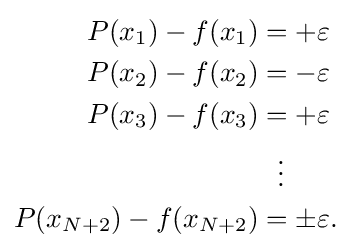
{\begin{aligned}P(x_{1})-f(x_{1})&=+\varepsilon \\P(x_{2})-f(x_{2})&=-\varepsilon \\P(x_{3})-f(x_{3})&=+\varepsilon \\&\ \ \vdots \\P(x_{N+2})-f(x_{N+2})&=\pm \varepsilon .\end{aligned}}